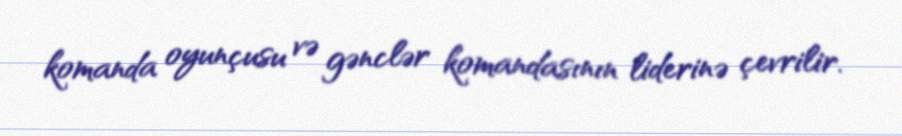
komanda oyunçusu və gənclər komandasının liderinə çevrilir.